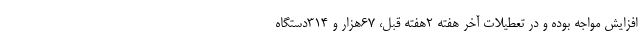
افزایش مواجه بوده و در تعطیلات آخر هفته ۲هفته قبل، ۶۷هزار و ۳۱۴دستگاه